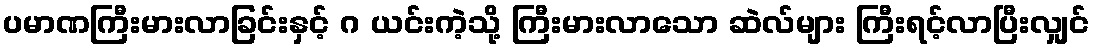
ပမာဏကြီးမားလာခြင်းနှင့် ဂ ယင်းကဲ့သို့ ကြီးမားလာသော ဆဲလ်များ ကြီးရင့်လာပြီးလျှင်